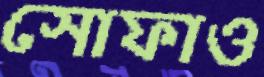
সোফাও